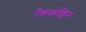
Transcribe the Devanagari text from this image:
नैककोशिन